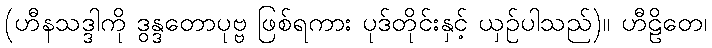
(ဟီနသဒ္ဒါကို ဒွန္ဒတောပုဗ္ဗ ဖြစ်ရကား ပုဒ်တိုင်းနှင့် ယှဉ်ပါသည်)။ ဟီဠိတေ၊